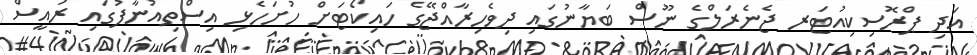
އަދި ޕްރޮސިކިއުޓަރ ޖެނެރަލްގެ ނޫސް ބަޔާނުގައި ދިވެހިރާއްޖޭގެ ހައިކޯޓަށް ހުށަހެޅި އިސްތިއުނާފުގައި ރައީސް